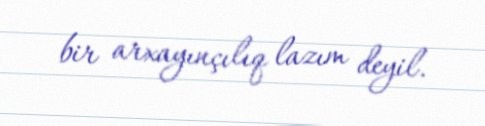
bir arxayınçılıq lazım deyil.